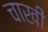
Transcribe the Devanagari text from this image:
चाखी